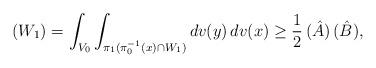
LaTeX: \begin{align*}(W_1) = \int_{V_0} \int_{\pi_1(\pi_0^{-1}(x) \cap W_1)} dv(y) \, dv(x) \geq \frac 12 \, (\hat A) \, (\hat B),\end{align*}